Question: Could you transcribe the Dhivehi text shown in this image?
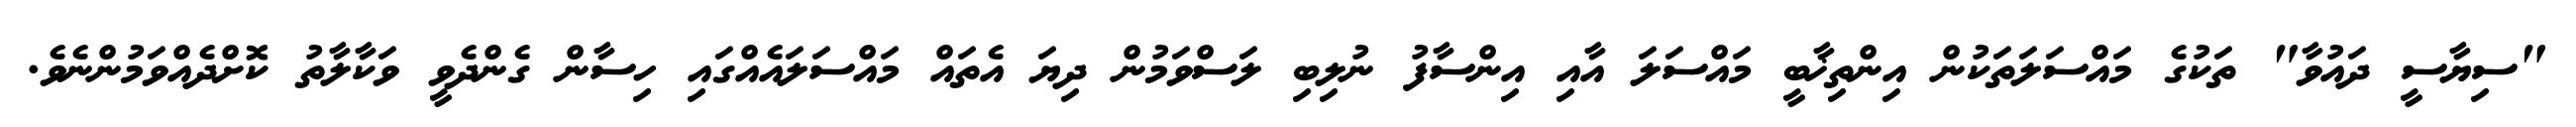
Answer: "ސިޔާސީ ދައުވާ" ތަކުގެ މައްސަލަތަކުން އިންތިޚާބީ މައްސަލަ އާއި އިންސާފު ނުލިބި ލަސްވަމުން ދިޔަ އެތައް މައްސަލައެއްގައި ހިސާން ގެންދެވީ ވަކާލާތު ކޮށްދެއްވަމުންނެވެ.